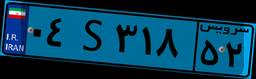
۳۸S۴۴۴۲۰